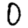
Digit: 0